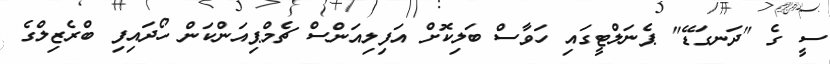
ސީ ގެ "ދަނގަޑޭ" ޕެނަލްޓީގައި ހަވާސް ބަލިކޮށް އަފިލިއަންސް ޗެމްޕިއަންކަން ހޯދައިފި ބްރެޒިލްގެ